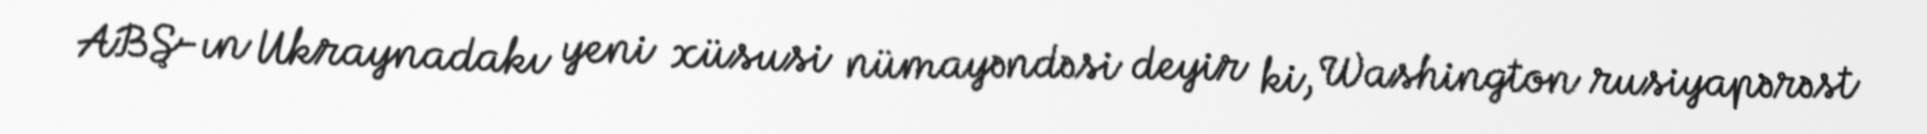
ABŞ-ın Ukraynadakı yeni xüsusi nümayəndəsi deyir ki, Washington rusiyapərəst